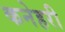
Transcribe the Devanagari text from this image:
कनेहरी